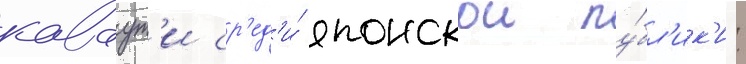
каваут'и ср'ед'и́ японскои пу́бл'ик'и: